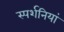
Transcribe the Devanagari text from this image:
स्पर्शनियां